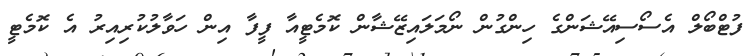
ފުޓްބޯލް އެސޯސިއޭޝަންގެ ހިންގުން ނޯމަލައިޒޭޝާން ކޮމެޓީއާ ފީފާ އިން ހަވާލުކުރިއިރު އެ ކޮމެޓީ